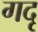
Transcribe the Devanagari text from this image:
गदृ